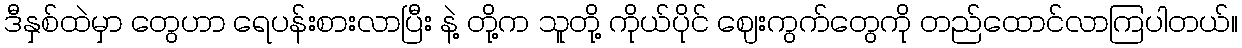
ဒီနှစ်ထဲမှာ တွေဟာ ရေပန်းစားလာပြီး နဲ့ တို့က သူတို့ ကိုယ်ပိုင် ဈေးကွက်တွေကို တည်ထောင်လာကြပါတယ်။